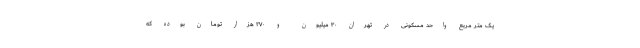
یک متر مربع واحد مسکونی در تهران ۳۰ میلیون و ۲۷۰ هزار تومان بوده که